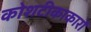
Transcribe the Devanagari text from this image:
कोशटीकाकारों